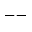
--